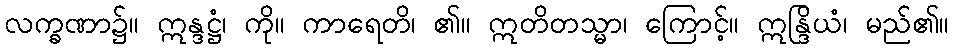
လက္ခဏာ၌။ ဣန္ဒဋ္ဌံ၊ ကို။ ကာရေတိ၊ ၏။ ဣတိတသ္မာ၊ ကြောင့်။ ဣန္ဒြိယံ၊ မည်၏။